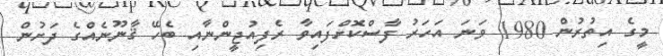
މީގެ އިތުރުން 1980 ވަނަ އަހަރު ފާސްކޮށްފައިވާ ރެފިއުޖީންނާއި ބެހޭ ޤާނޫނެއްގެ ދަށުން